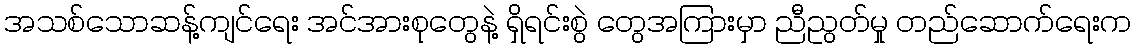
အသစ်သောဆန့်ကျင်ရေး အင်အားစုတွေနဲ့ ရှိရင်းစွဲ တွေအကြားမှာ ညီညွတ်မှု တည်ဆောက်ရေးက